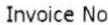
INVOICE NO